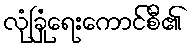
လုံခြုံရေးကောင်စီ၏